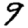
Digit: 9